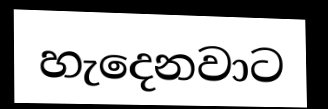
හැදෙනවාට